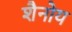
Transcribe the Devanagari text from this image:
शैनोय